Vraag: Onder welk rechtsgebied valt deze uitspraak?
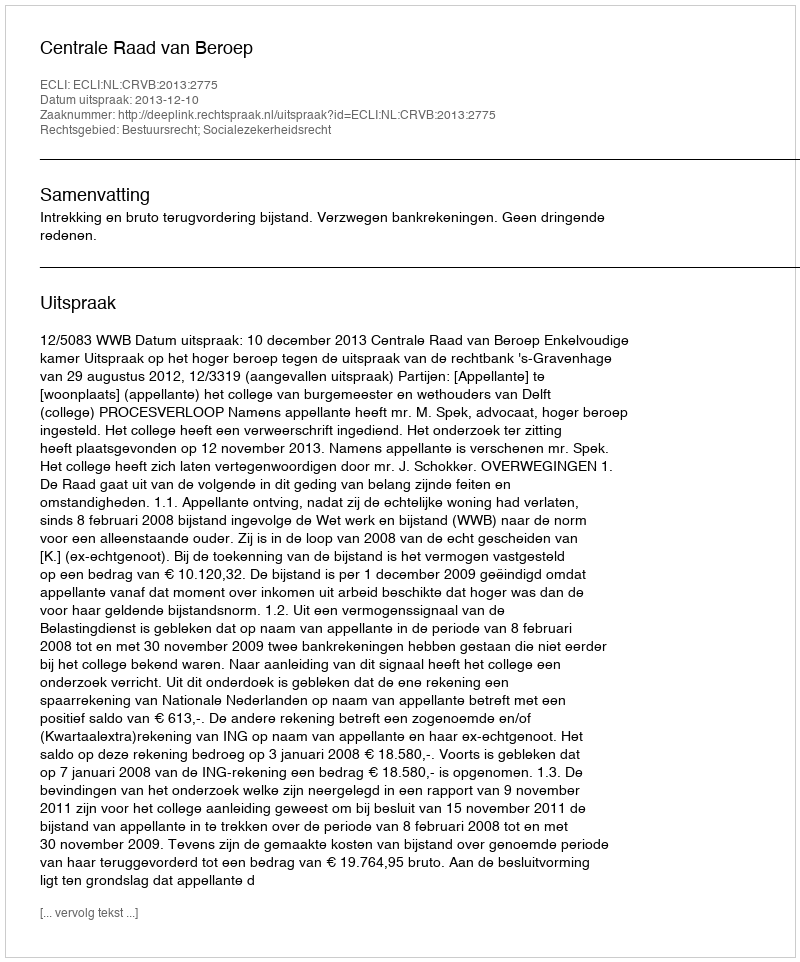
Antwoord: Bestuursrecht; Socialezekerheidsrecht